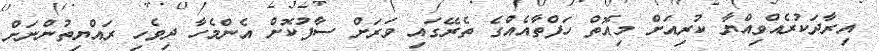
އިރާދަކުރެއްވިއްޔާ ކުރިއަށް މިއޮތް ހަފްތާއެއްގެ ތެރޭގައި ވަރަށް ސާފުކޮށް އެންމެހާ ދިވެހި ރައްޔިތުންނަށް